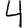
Digit: 4